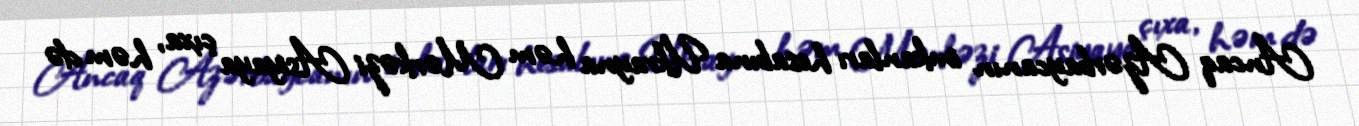
Ancaq Azərbaycanın imkanları hesabına Ukrayna həm Mərkəzi Asiyaya çıxa, həm də